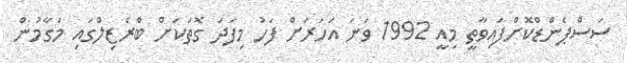
ސަސްޕެންޑްކޮށްފައިވާތީ މިއީ 1992 ވަނަ އަހަރަށް ފަހު މިފަދަ ގޮތަކަށް ބްރެޒިލްގައި މަގާމުން